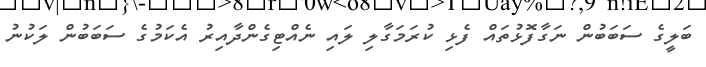
ބަލީގެ ސަބަބުން ނަގާފޮޅުތައް ފެޅި ކުރަމަގާލި ލައި ނެއްޓިގެންދާއިރު އެކަމުގެ ސަބަބުން ލަކުނު